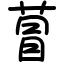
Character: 萺